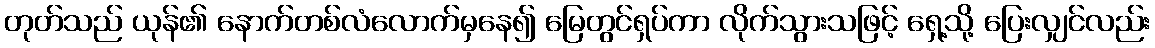
တုတ်သည် ယုန်၏ နောက်တစ်လံလောက်မှနေ၍ မြေတွင်ရှပ်ကာ လိုက်သွားသဖြင့် ရှေ့သို့ ပြေးလျှင်လည်း